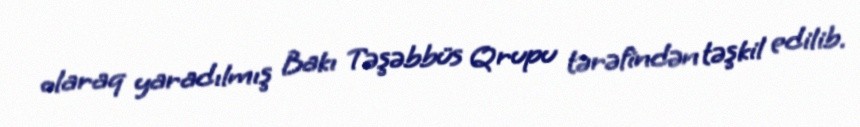
olaraq yaradılmış Bakı Təşəbbüs Qrupu tərəfindən təşkil edilib.